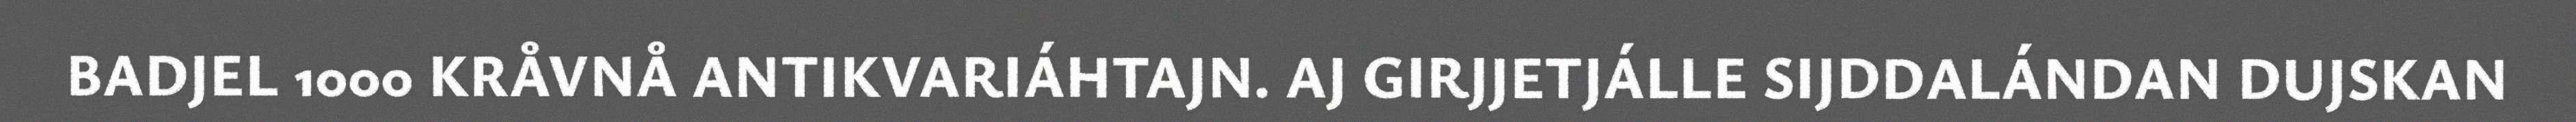
BADJEL 1000 KRÅVNÅ ANTIKVARIÁHTAJN. AJ GIRJJETJÁLLE SIJDDALÁNDAN DUJSKAN